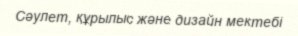
Сәулет, құрылыс және дизайн мектебі